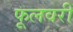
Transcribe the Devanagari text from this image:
फूलवरी